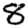
Digit: 8